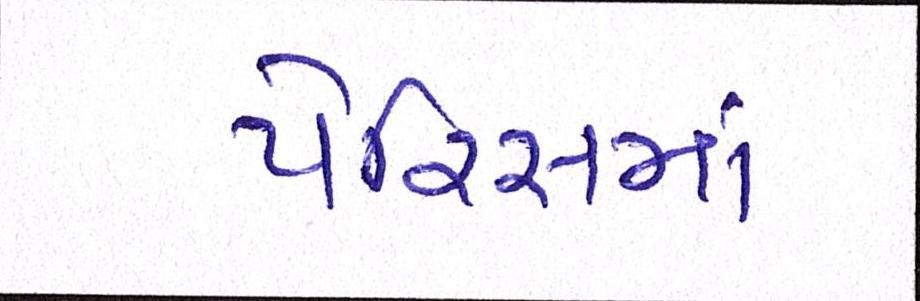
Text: પેરિસમાં